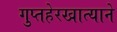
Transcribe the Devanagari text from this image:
गुप्तहेरखात्याने